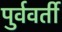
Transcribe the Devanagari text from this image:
पुर्ववर्ती